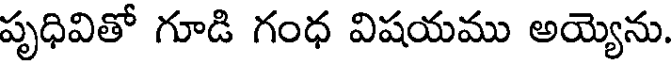
పృధివితో గూడి గంధ విషయము అయ్యెను.